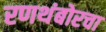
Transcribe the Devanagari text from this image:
रणथंबोरचा